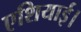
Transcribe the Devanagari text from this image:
एशियाई।